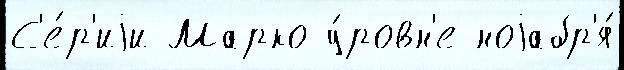
С'е́р'иjи Марко у́ровн'е ноjабр'я́